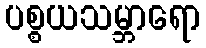
ပစ္စယသမ္ဘာရော